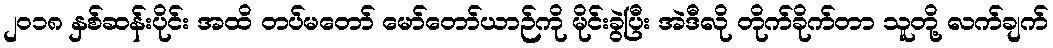
၂ဝ၁၈ နှစ်ဆန်းပိုင်း အထိ တပ်မတော် မော်တော်ယာဉ်ကို မိုင်းခွဲပြီး အဲဒီလို တိုက်ခိုက်တာ သူတို့ လက်ချက်